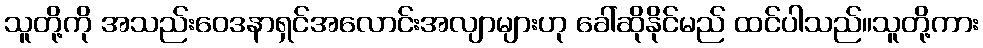
သူတို့ကို အသည်းဝေဒနာရှင်အလောင်းအလျာများဟု ခေါ်ဆိုနိုင်မည် ထင်ပါသည်။သူတို့ကား